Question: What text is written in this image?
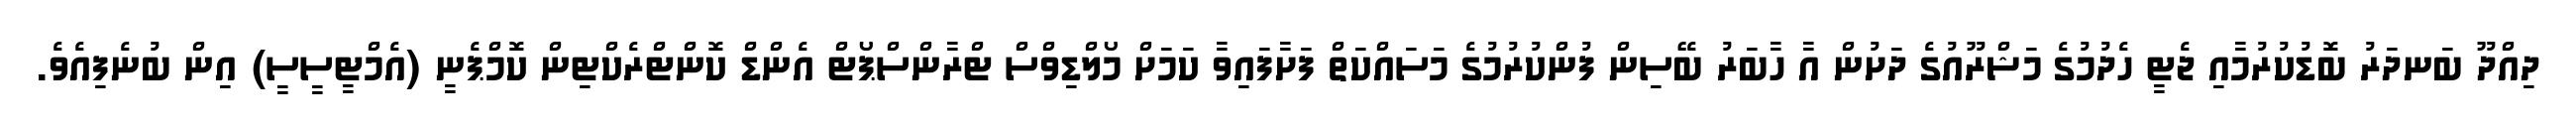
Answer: ދިއްދޫ ބަނދަރު ބޮޑުކުރުމާއި ޖެޓީ ހެދުމުގެ މަޝްރޫއުގެ ދަށުން އާ ހާބަރު ބޭސިން ފުންކުރުމުގެ މަސައްކަތް ފަށާފައިވާ ކަމަށް މޯލްޑިވްސް ޓްރާންސްޕޯޓް އެންޑް ކޮންޓްރެކްޓިން ކޮމްޕެނީ (އެމްޓީސީސީ) އިން ބުނެފިއެވެ.